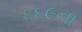
૬૬૯ના